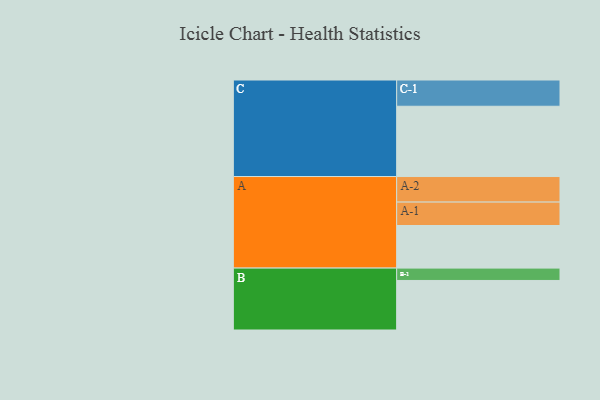
{"axis": {"x": "Segment", "y": "Value"}, "legend": ["", "A", "B", "C"], "data": [{"x": "A", "y": 300, "type": ""}, {"x": "B", "y": 349, "type": ""}, {"x": "C", "y": 495, "type": ""}, {"x": "A-1", "y": 165, "type": "A"}, {"x": "A-2", "y": 180, "type": "A"}, {"x": "B-1", "y": 87, "type": "B"}, {"x": "C-1", "y": 185, "type": "C"}]}